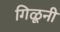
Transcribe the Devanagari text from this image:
गिळूनी